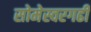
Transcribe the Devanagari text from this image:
सोमेस्वरगढी